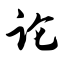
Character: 论